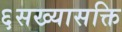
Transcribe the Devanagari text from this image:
६सख्यासक्ति